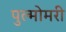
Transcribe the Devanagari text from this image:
पुल्मोमरी